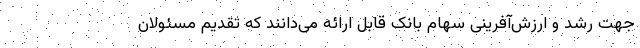
جهت رشد و ارزش‌آفرینی سهام بانک قابل ارائه می‌دانند که تقدیم مسئولان